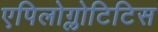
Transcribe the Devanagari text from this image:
एपिलोग्लोटिटिस